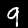
Label: 9